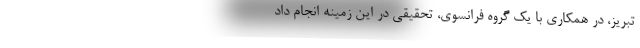
تبریز، در همکاری با یک گروه فرانسوی، تحقیقی در این زمینه انجام داد